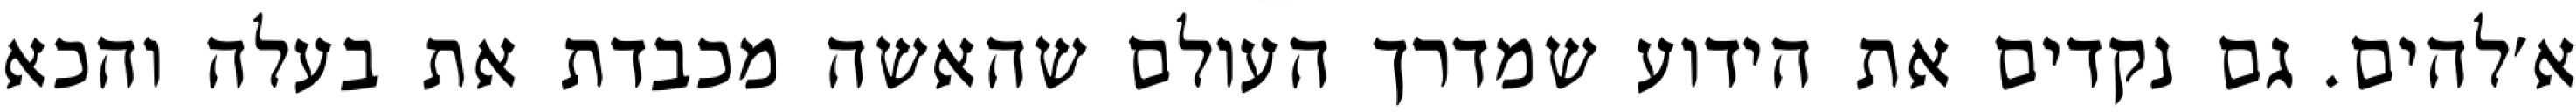
א׳להים. גם נקדים את הידוע שמדרך העולם שהאשה מכבדת את בעלה והכא